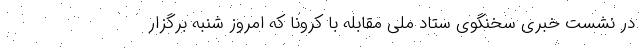
در نشست خبری سخنگوی ستاد ملی مقابله با کرونا که امروز شنبه برگزار